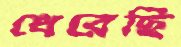
ধেরেছি